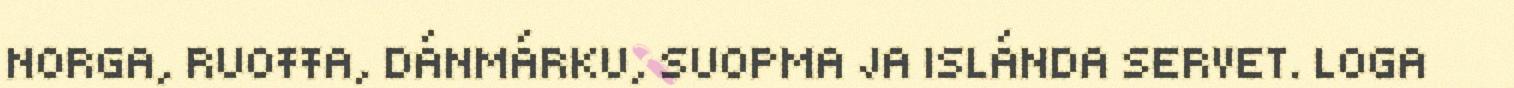
NORGA, RUOŦŦA, DÁNMÁRKU, SUOPMA JA ISLÁNDA SERVET. LOGA